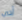
أدي